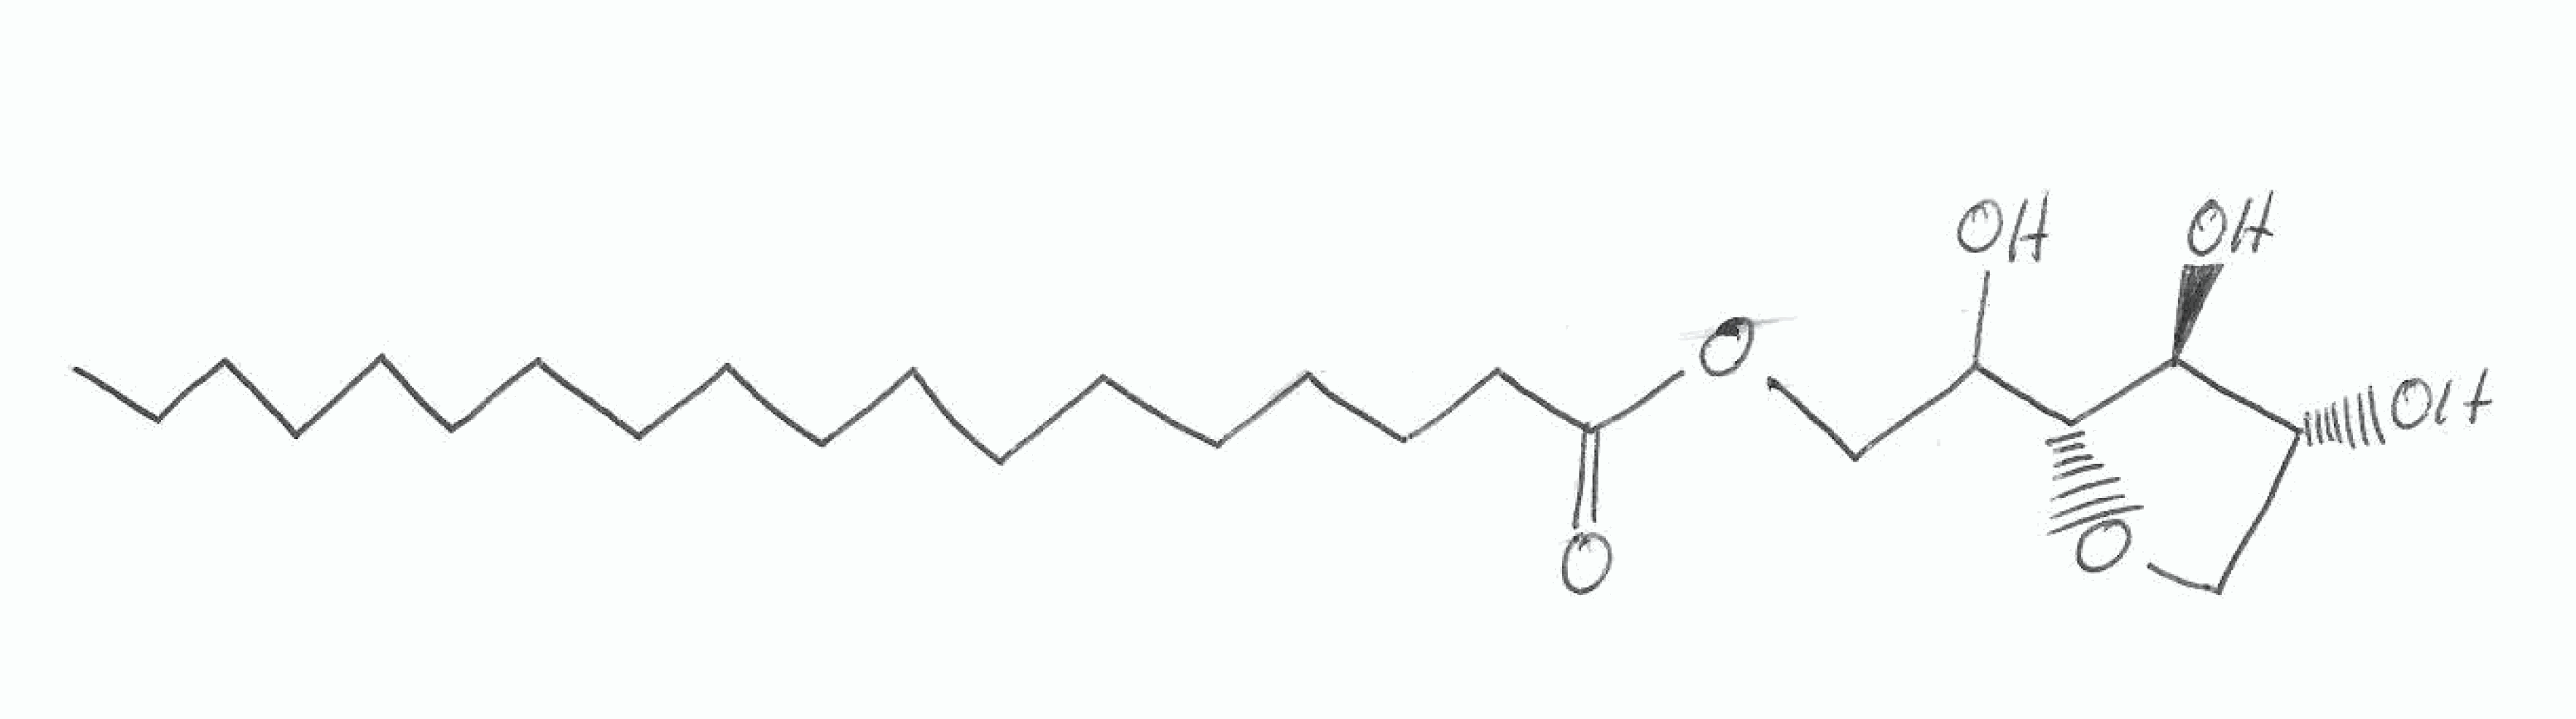
Simplified molecular-input line-entry system (SMILES) notation of the given molecule:
CCCCCCCCCCCCCCCCCC(=O)OCC([C@@H]1[C@H]([C@@H](CO1)O)O)O